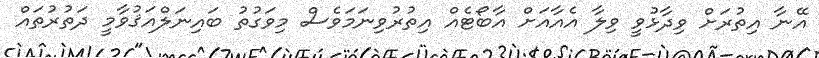
އޭނާ އިތުރަށް ވިދާޅުވީ ވިލާ އެއާއަށް އާބޯޓެއް އިތުރުވިނަމަވެސް މިވަގުތު ބައިނަލްއަޤުވާމީ ދަތުރުތައް